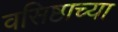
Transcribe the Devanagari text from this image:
वसिष्ठाच्या